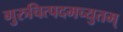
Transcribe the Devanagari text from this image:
गुरुचित्पदमच्युतम्